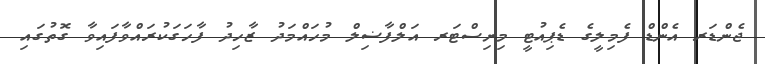
ޖެންޑަރ އެންޑް ފެމިލީގެ ޑެޕިއުޓީ މިނިސްޓަރ އަލްފާޟިލް މުހައްމަދު ޒާހިދު ފާހަގަކުރައްވާފައިވާ ގޮތުގައި